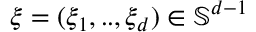
\xi = ( \xi _ { 1 } , . . , \xi _ { d } ) \in \mathbb { S } ^ { d - 1 }